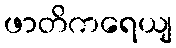
ဖာတိကရေယျ